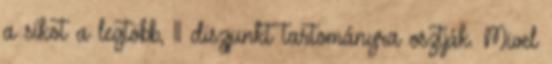
a síkot a legtöbb, 11 diszjunkt tartományra osztják. Mivel